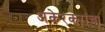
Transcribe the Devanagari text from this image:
अकेरकरांचा